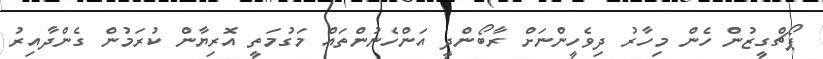
ޕޯޗްގީޒުން ހެން މިހާރު ދިވެހީންނަށް ރާބޯންދީ އަންހެނުންތައް މަގުމަތީ އޮރިޔާން ކުރަމުން ގެންދާއިރު